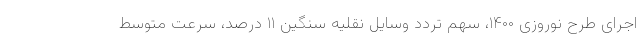
اجرای طرح نوروزی ۱۴۰۰، سهم تردد وسایل نقلیه سنگین ۱۱ درصد، سرعت متوسط